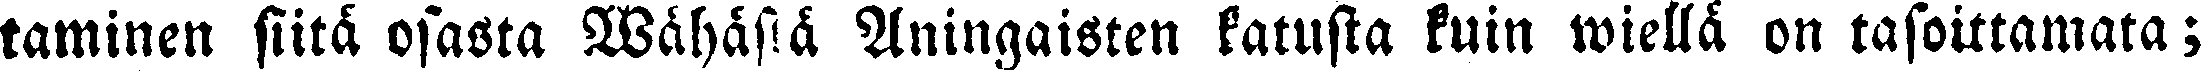
taminen siitä osasta Wähäsiä Aningaisten katusta kuin wiellä on tasoittamata ;